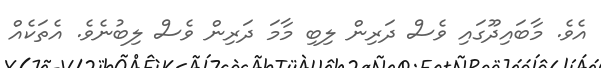
އެވެ. މާބައިދޫގައި ވެސް ދަރިން ލިބި މާމަ ދަރިން ވެސް ލިބުނެވެ. އެތަކެއް